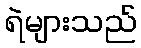
ရဲများသည်